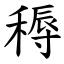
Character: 䅶